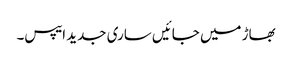
بھاڑ میں جائیں ساری جدید ایپس۔